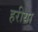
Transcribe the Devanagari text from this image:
हरीया